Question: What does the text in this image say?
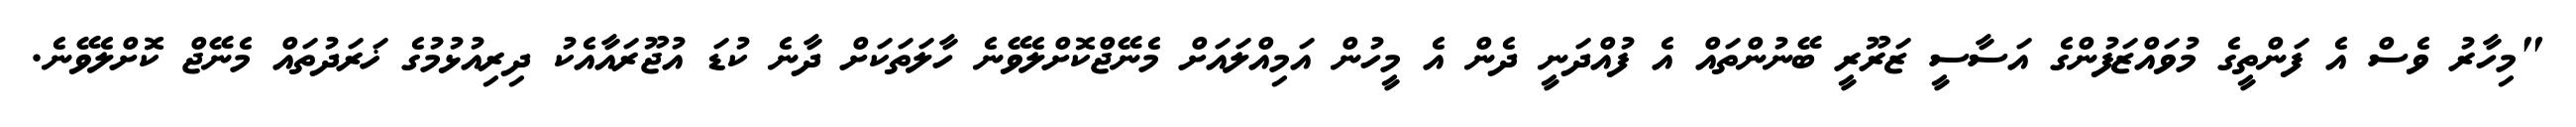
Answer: "މިހާރު ވެސް އެ ފަންތީގެ މުވައްޒަފުންގެ އަސާސީ ޒަރޫރީ ބޭނުންތައް އެ ފުއްދަނީ ދެން އެ މީހުން އަމިއްލައަށް މެނޭޖްކޮށްލެވޭނެ ހާލަތަކަށް ދާނެ ކުޑަ އުޖޫރައާއެކު ދިރިއުޅުމުގެ ޚަރަދުތައް މެނޭޖް ކޮށްލެވޭނެ.